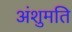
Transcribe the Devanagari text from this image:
अंशुमति